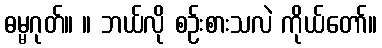
ဓမ္မဂုတ်။ ။ ဘယ်လို စဉ်းစားသလဲ ကိုယ်တော်။